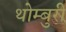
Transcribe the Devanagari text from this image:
थोम्बुरी